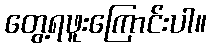
တွေ့ရဖူးကြောင်းပါ။